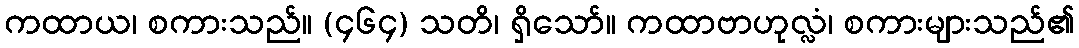
ကထာယ၊ စကားသည်။ (၄၆၄) သတိ၊ ရှိသော်။ ကထာဗာဟုလ္လံ၊ စကားများသည်၏